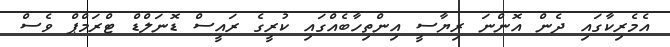
އެމެރިކާގައި ދެން އޮންނަ ރިޔާސީ އިންތިހާބެއްގައި ކުރީގެ ރައީސް ޑޮނަލްޑް ޓްރަމްޕް ވެސް